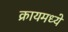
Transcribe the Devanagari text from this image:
क्रायमध्ये